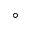
^ { \circ }